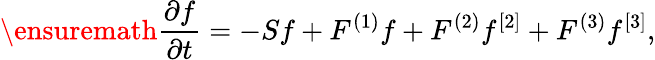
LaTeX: \ensuremath{\frac{\partial f}{\partial t}}=-Sf+F^{(1)}f+F^{(2)}f^{[2]}+F^{(3)}f^{[3]},